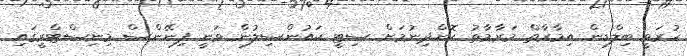
ހުރަވީ ބިލްޑިން އިމާރާތް މަރާމާތު ކޮށްދިނުމަށް ސިޓީ ކައުންސިލުން ވަނީ ފިނޭންސް މިނިސްޓްރީގައި